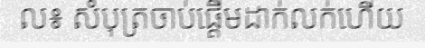
ល៖ សំបុត្រចាប់ផ្តើមដាក់លក់ហើយ